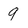
Character: 9